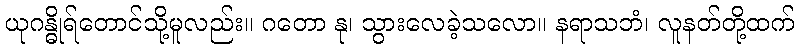
ယုဂန္ဓိုရ်တောင်သို့မူလည်း။ ဂတော နု၊ သွားလေခဲ့သလော။ နရာသဘံ၊ လူနတ်တို့ထက်